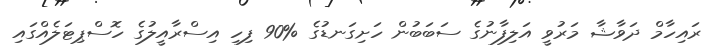
ރައިހާމް ދަވާޝާ މަރުވީ އަލިފާނުގެ ސަބަބުން ހަށިގަނޑުގެ %90 ފިހި އިސްރާއީލުގެ ހޮސްޕިޓަލެއްގައި